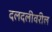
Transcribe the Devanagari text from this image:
दलदलीवरील